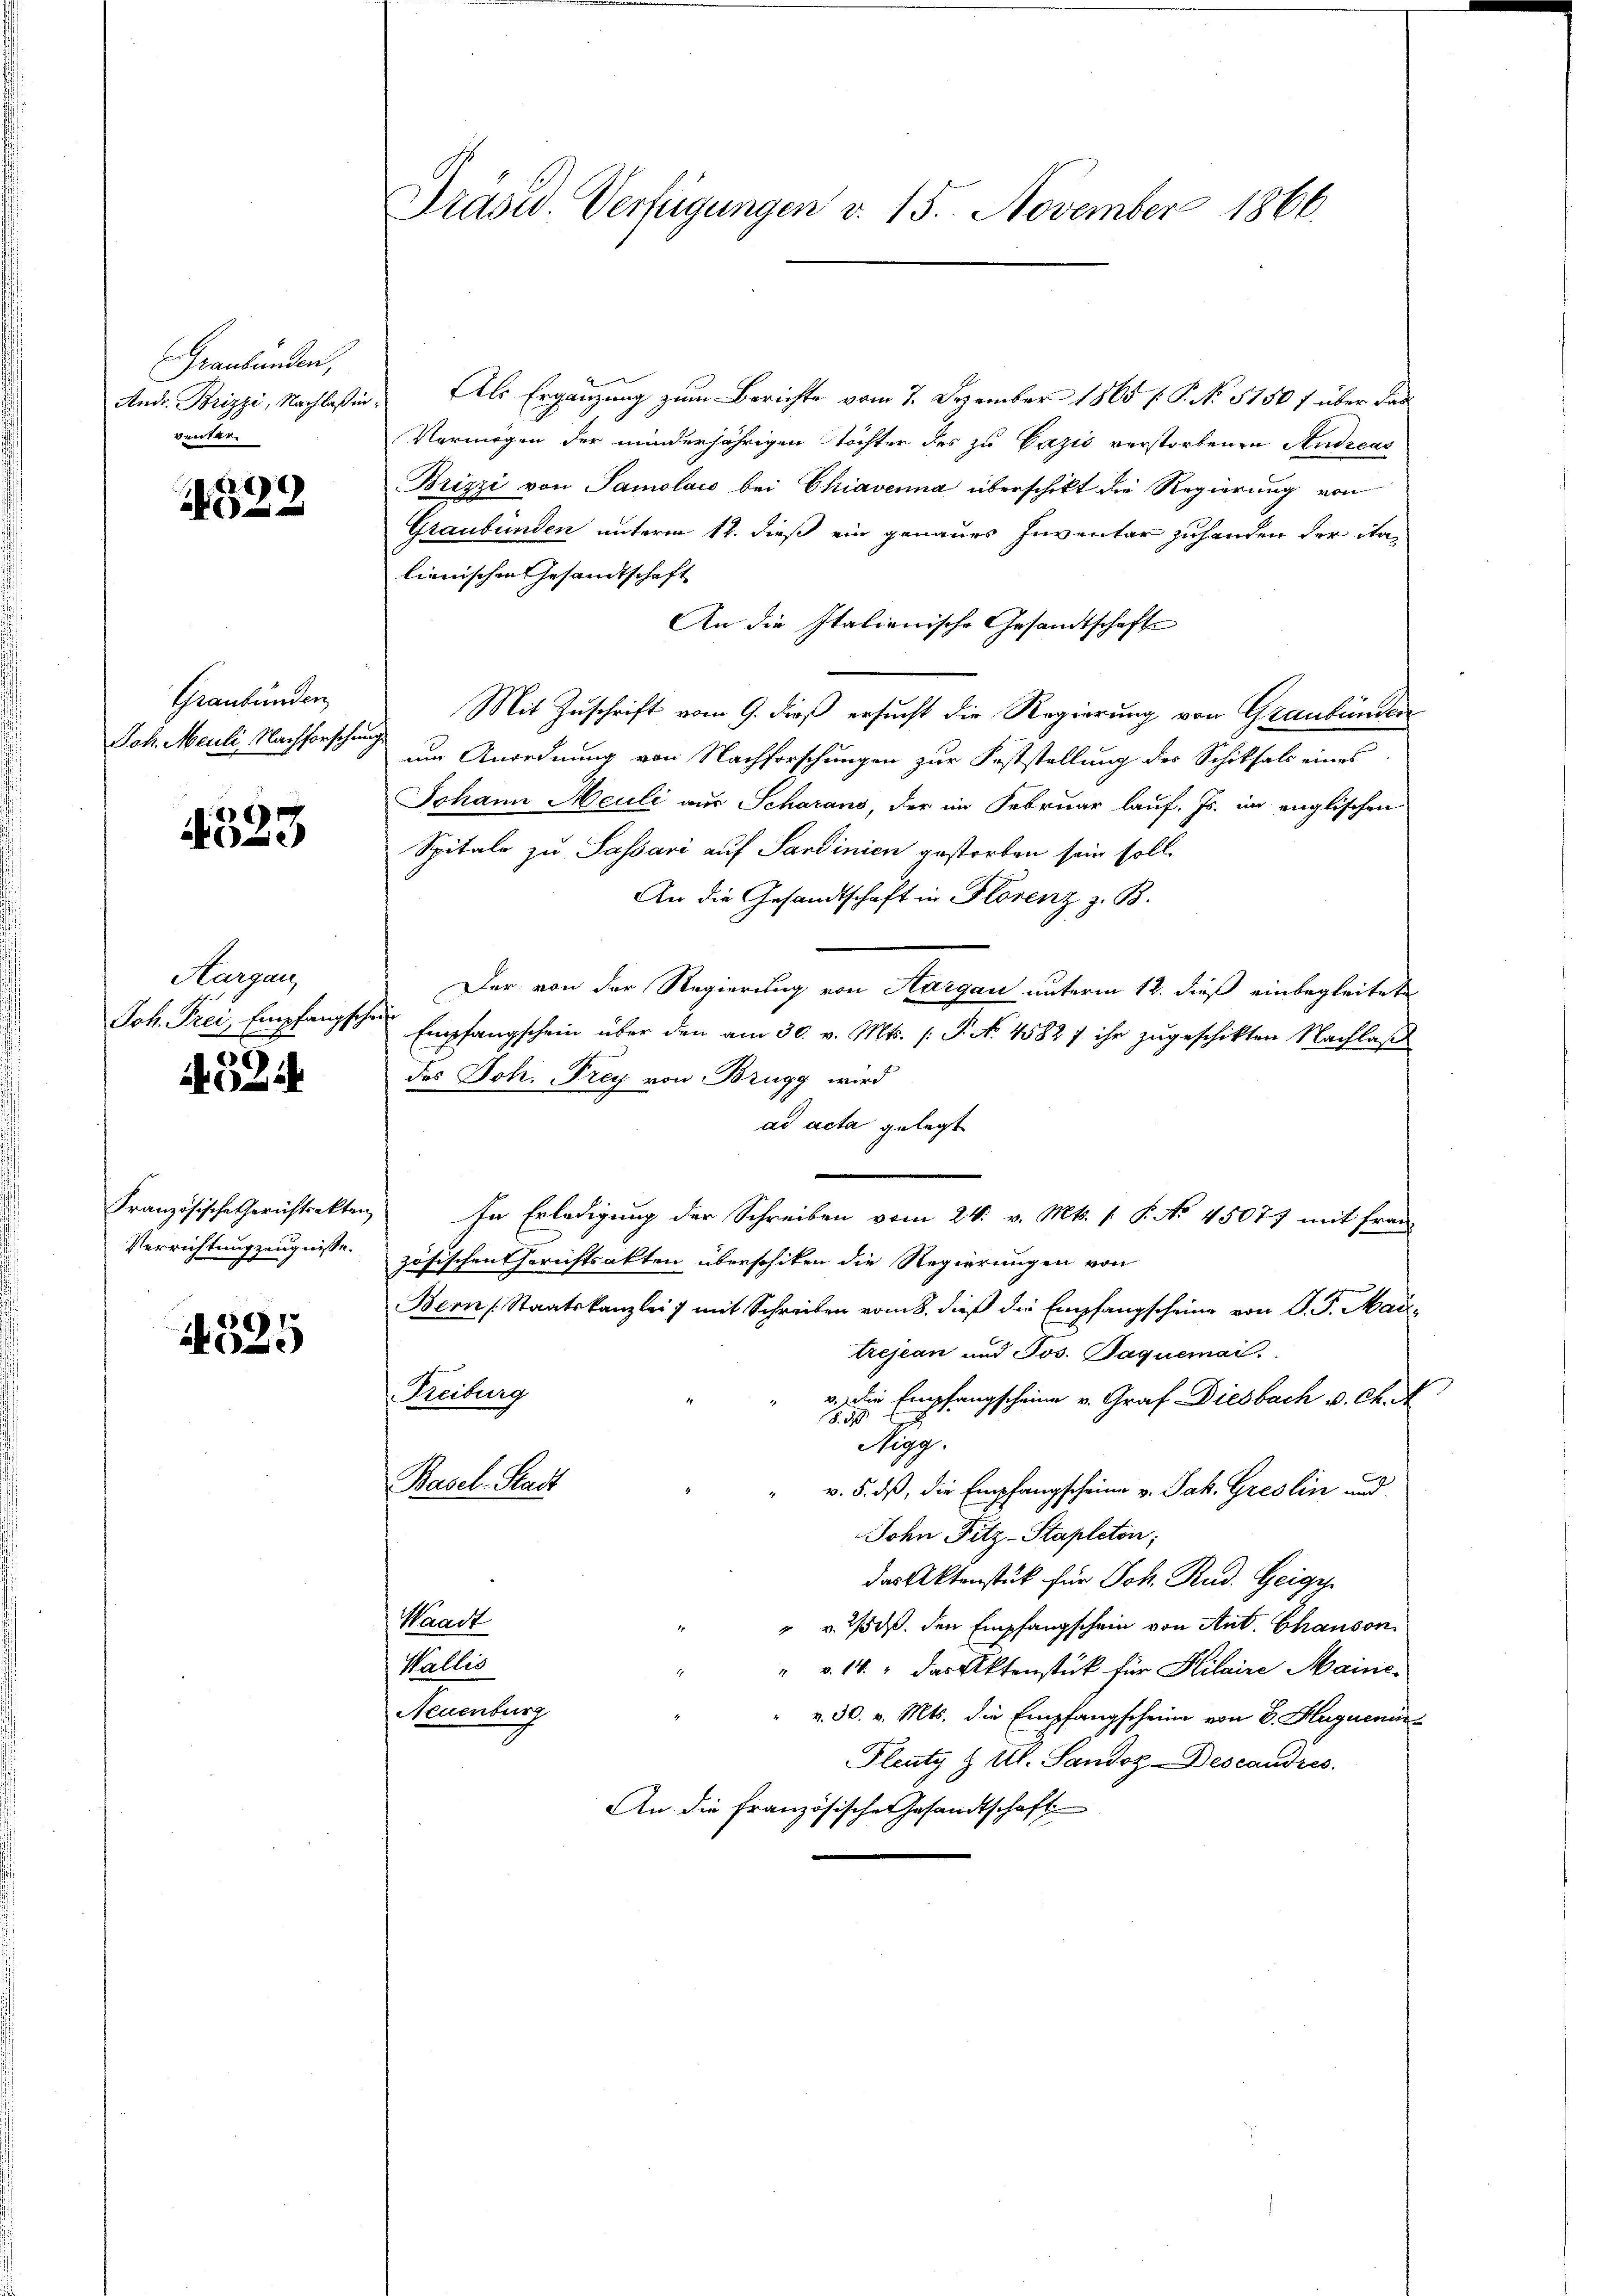
Graubünden,
Andr. Brizzi, Nachlaß in
venter

x

Graubünden
Joh. Meuli, Nachforschung

4523.

Aargau,
Joh. Frei, Empfangsche

524

Französische Gerichtsakten
Verrichtung zeugnisse.

.
)

Präsid. Verfügungen v. 15. November 1866.

Als Ergänzung zum Berichte vom 7. Dezember 1865 f. P. No 5150 f über das
Vermögen der minderjährigen Töchter des zu Cazis verstorbenen Andreas
Brizzi von Samolais bei Chiavenna überschikt die Regierung von
Graubünden unterm 12. dieß ein genaues Inventar zuhanden der italienischen Gesandtschaft
An die Italienische Gesandtschafte
Mit Zuschrift vom 9. dieß ersucht die Regierung von Graubünden
um Anordnung von Nachforschungen zur Feststellung des Schiksals eines
Johann Meuli aus Scharans, der im Februar lauf. Js. im englischen
Spitale zu Sassari auf Sardinien gestorben sein soll.
An die Gesandtschaft in Florenz z. B.
Der von der Regierung von Aargau unterm 12. dieß einbegleitete
Empfangschein über den am 30. v. Mts. /: P. No. 4582 f ihr zugeschikten Nachlaß
des Joh. Frey von Brugg wird
ad acta gelegt
In Erledigung der Schreiben vom 24. v. Mts. 1. P. No 45077 mit Frau
zösischen Gerichtsakten überschiken die Regierungen von
Bern Staatskanzlei mit Schreiben vom 8. dieß die Empfangscheine von P. G. Maitrejean und Jos. Jaquemai
Treiburg
v. ein Empfangscheine v. Graf Diesbach v. Ch.
Nigg.
Basel-Stadt
v. 5. ds, die Empfangscheine v. Jak. Greslin und
John Fitz-Stapleton;
das Aktenstück für Joh. Rud. Geige
Waadt
" v. Mts. den Empfangschein von Ant. Chanson
Wallis
" v. 14. das Aktenstück für Kilaire Maine
Neuenburg
v. 30. v. Mts. die Empfangscheine von E. Huguenin
Fleutz & Al. Sandos Descandres.
An die französische Gesandtschaft